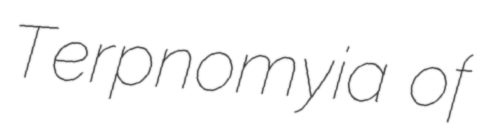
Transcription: Terpnomyia of